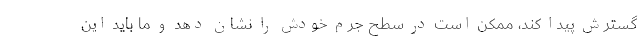
گسترش پیدا کند، ممکن است در سطح جرم خودش را نشان دهد و ما باید این